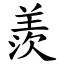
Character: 羨